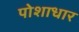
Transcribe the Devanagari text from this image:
पोशाधार